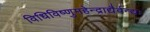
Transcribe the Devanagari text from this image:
विधिविष्णुमहेन्द्राद्यैर्वन्द्यः